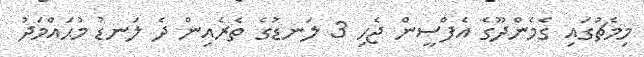
މިމެޗުގައި ގެމެންދޫގެ އެފްސީން ޖެހި 3 ލަނޑުގެ ތެރެއިން ދެ ލަނޑު މުޙައްމަދު